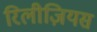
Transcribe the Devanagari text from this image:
रिलीज़ियस